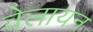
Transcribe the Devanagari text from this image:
वेलायन